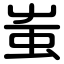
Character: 蚩